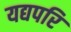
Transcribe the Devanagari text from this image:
यद्यपरि